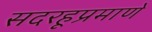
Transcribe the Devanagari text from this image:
सदरहूप्रमाणें